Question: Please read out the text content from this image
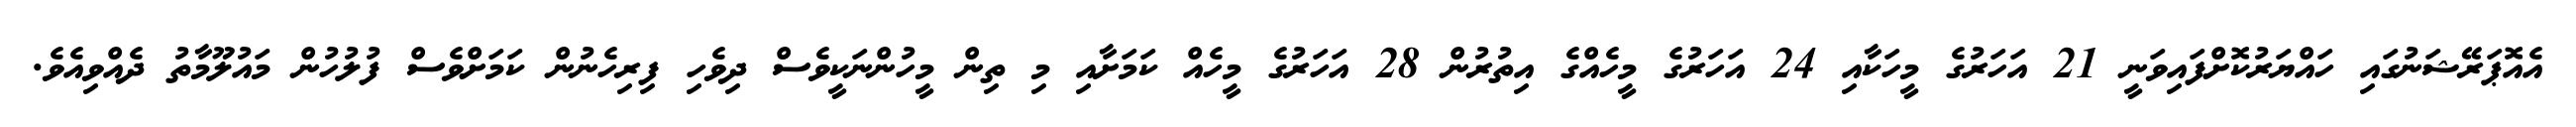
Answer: އެއޮޕަރޭޝަނުގައި ހައްޔަރުކޮށްފައިވަނީ 21 އަހަރުގެ މީހަކާއި 24 އަހަރުގެ މީހެއްގެ އިތުރުން 28 އަހަރުގެ މީހެއް ކަމަށާއި މި ތިން މީހުންނަކީވެސް ދިވެހި ފިރިހެނުން ކަމަށްވެސް ފުލުހުން މައުލޫމާތު ދެއްވިއެވެ.